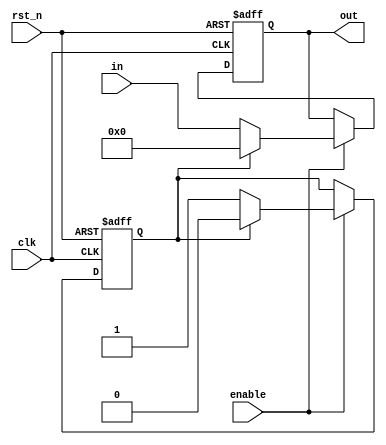
module neicha_pcm(in,clk,rst_n,out,enable);

input[23:0]in;
input enable;
input clk;
input rst_n;
output[23:0]out;

reg state;
reg [23:0]out_temp;

always@(posedge clk or negedge rst_n)
if(!rst_n)
   begin
       state<=0;
		 out_temp<=0;
  end
 else if(enable)
   if(state==0)
	begin
	  out_temp<=in;
	  state<=1;
	 end
	else
	 begin
	   out_temp<=0;
		state<=0;
	  end
		
   assign out=out_temp;
	endmodule